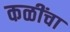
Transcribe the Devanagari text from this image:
कळींचा